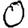
Digit: 0